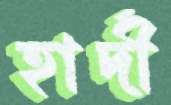
হার্দী